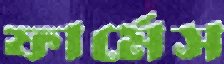
ফার্মেস